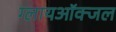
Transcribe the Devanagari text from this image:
ग्लायऑक्जल